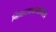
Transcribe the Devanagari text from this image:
निरजारराइबोनाभिकीय